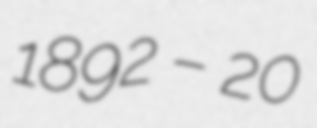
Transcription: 1892 – 20